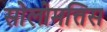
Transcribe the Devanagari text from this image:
सोलोमत्तिस